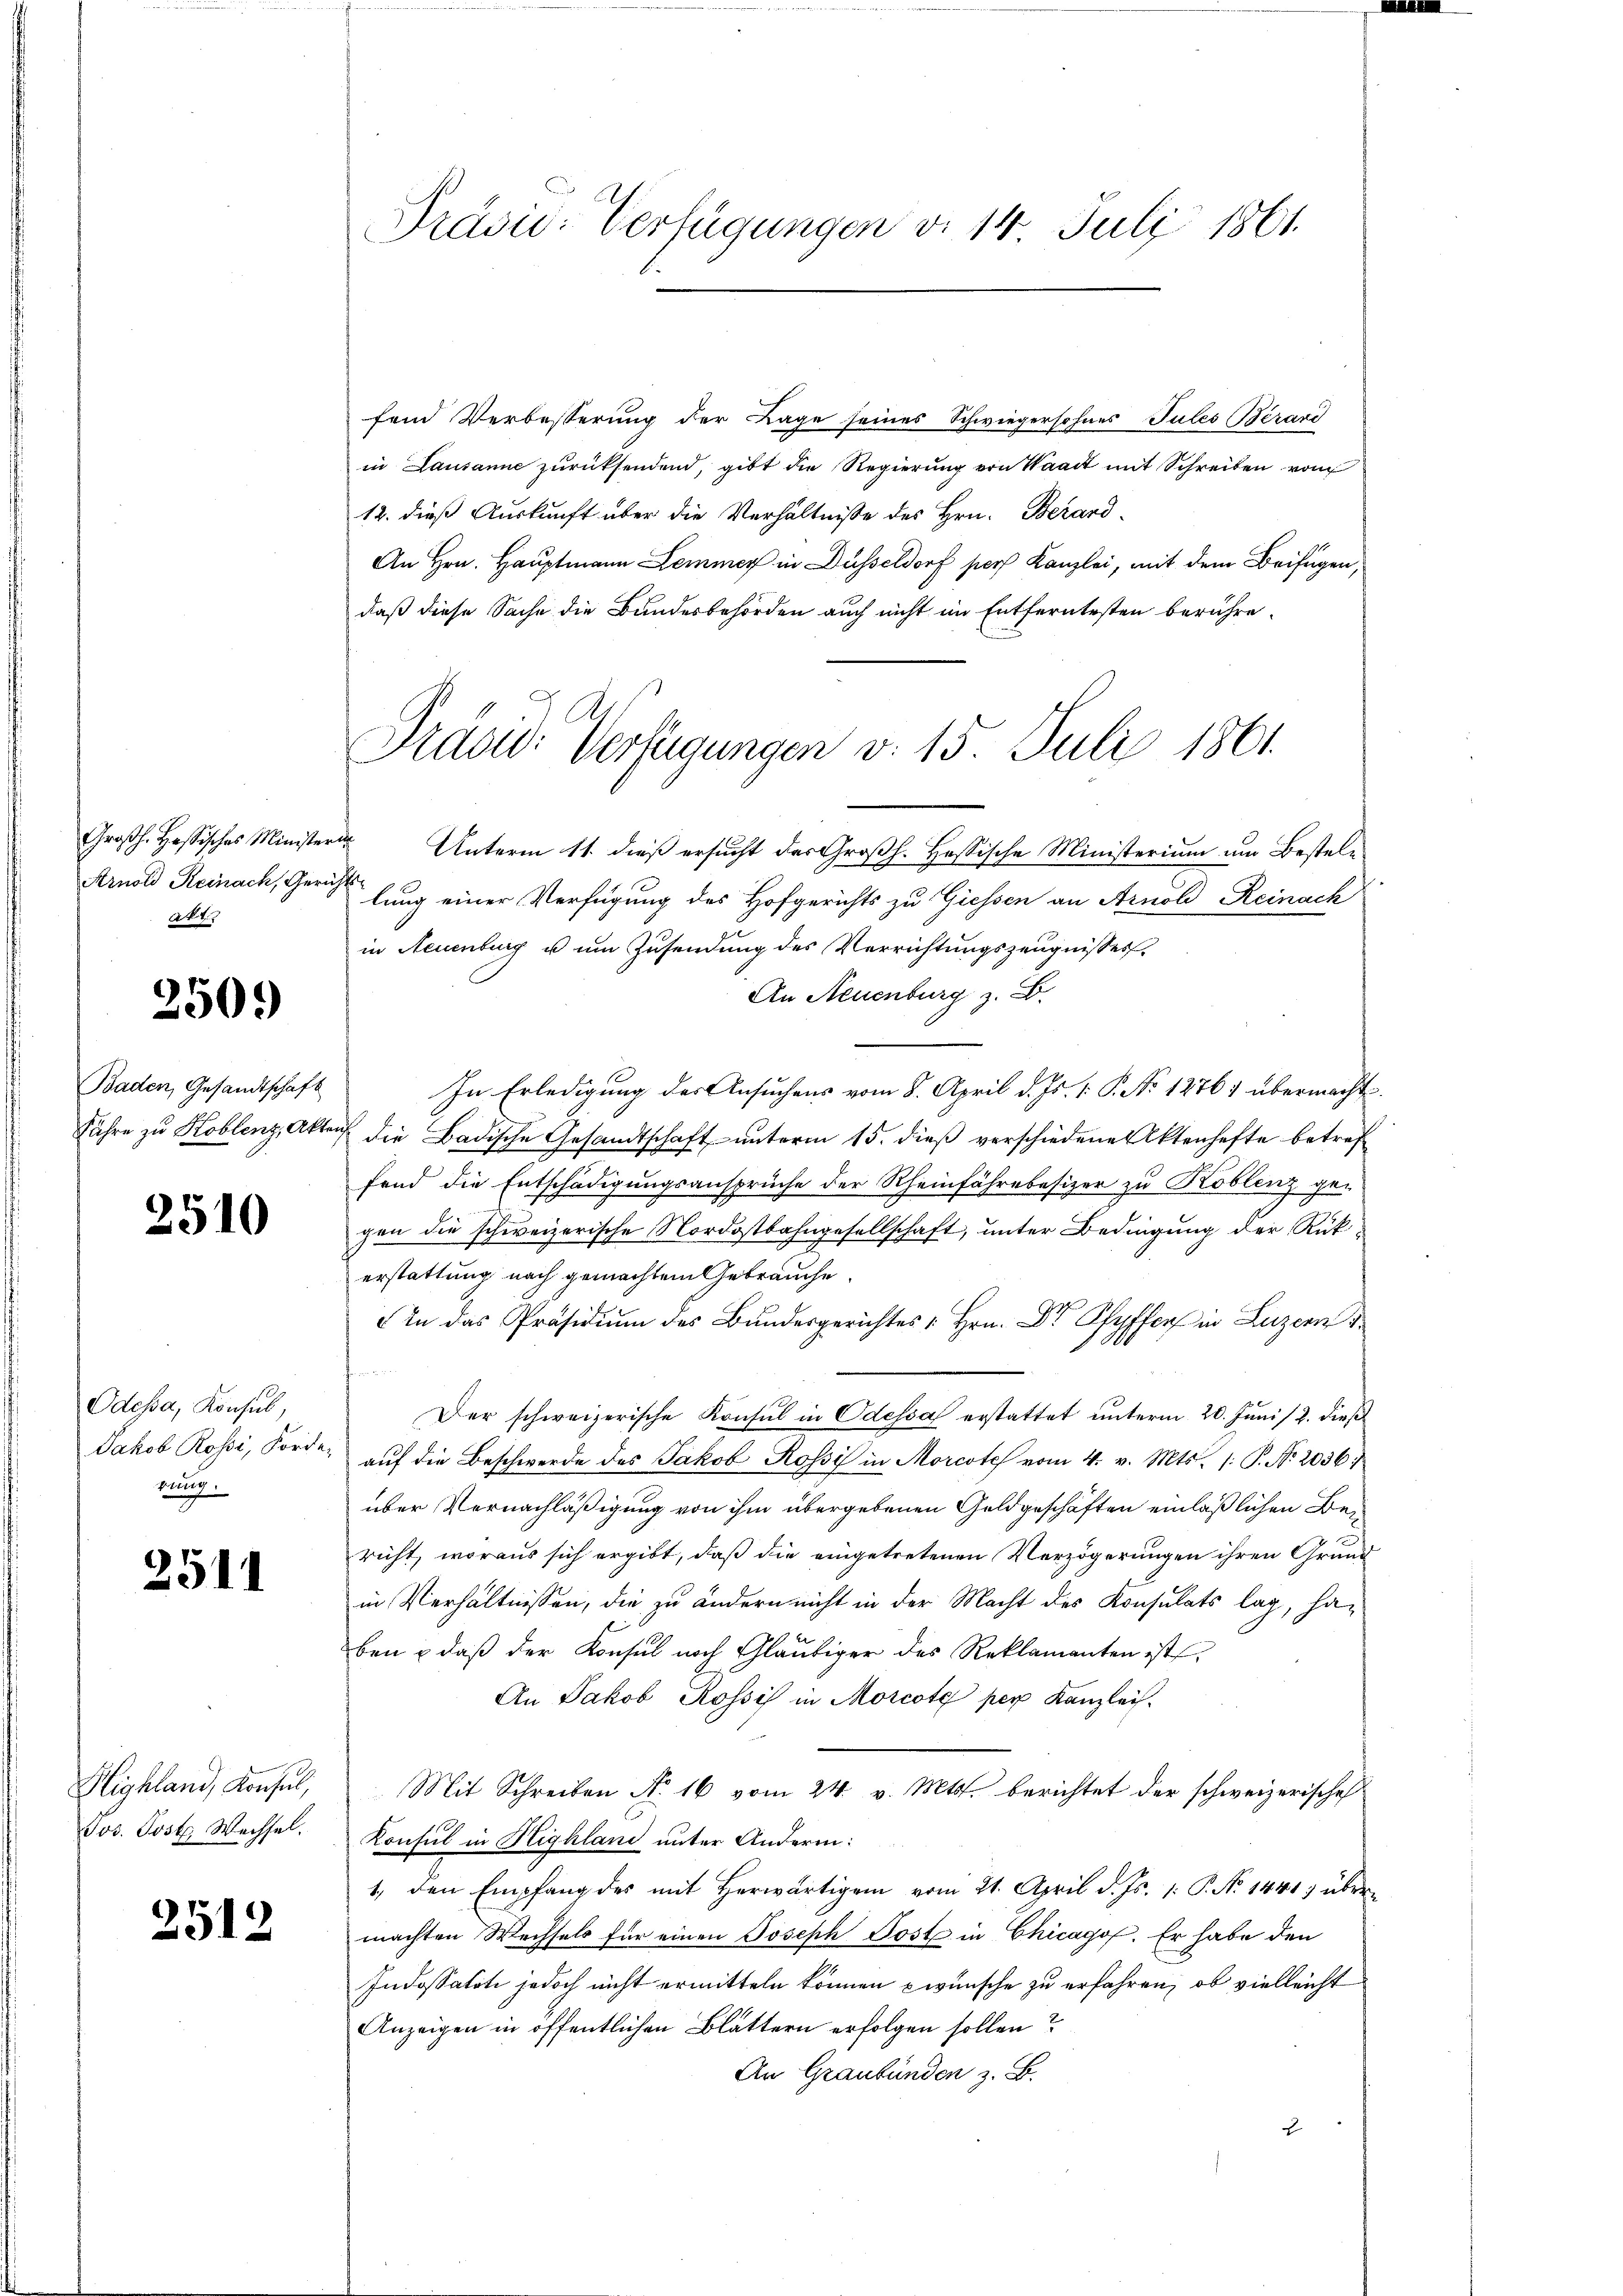
Arnold Reinach, Geri
Akt

250.

Baden, Gesandtschaft
Jahre zu Koblenz, Akt.

2510

Odessa, Konsul,
Jakob Rossi, Forde
rung.

2511

Highland, Konsul,
Jos. Post. Wechsel.

2512

Präsid: Verfügungen d. 14. Juli 1861.

Präsid. Verfügungen v. 15. Juli 1861

fend Verbesserung der Lage seines Schwiegersohnes Tulés Bérand
in Lausanne zurücksendend, gibt die Regierung von Waadt mit Schreiben vom
12. dieß Auskunft über die Verhältnisse des Hrn. Berard-
An Hrn. Hauptmann Lemmer in Düsseldorf pers Kanzlei, mit dem Beifügen,
daß diese Sache die Bundesbehörden auch nicht im Entferntesten berühre.
Großh. Hessisches Minister Unterm 11. dieß ersucht der Großh. Hessische Ministerium um Besteli
lung einer Verfügung des Hofgerichts zu Giessen an Arnold Reinach
in Neuenburg u um Zusendung des Verrichtungszeugnisses.
An Neuenburg z. B.
In Erledigung der Ansuchens vom 8. April d. Js. 1. P. No 12767 übermacht
Taf die Badische Gesandtschaft unterm 15. dieβ verschiedene Aktenhafte betref
fend die Entschädigungsansprüche der Rheinfährebesizer zu Koblenz gegen die schweizerische Nordostbahngesellschaft, unter Bedingung der Rükerstattung nach gemachtem Gebrauche.
An das Präsidiŭm des Bundesgerichtes Hrn. Dr Ryf in Luze
Der schweizerische Konsul in Odessa erstattet unterm 20. Juni /2. dieß
aŭf die Beschwerde des Jakob Rossi in Morcote vom 4. v. Mts. /: P. Nr. 2036/
über Vernachläßigung von ihm übergebenen Geldgeschäften einläßlichen Bericht, woraus sich ergibt, daß die eingetretenen Verzögerungen ihren Grund
in Verhältnissen, die zu ändern nicht in der Macht des Konsulats lag, haben, daß der Konsul noch Gläubiger des Reklamanten ist,
An Jakob Rossis in Morcote per Kanzlei.
Mit Schreiben No. 16 vom 24. v. Mts. berichtet der schweizerische
Konsul in Highland unter Andern:
1., den Empfang des mit herwärtigen vom 21. April d. Js. 1. P. No 1441) übermachten Wechsels für einen Joseph Post in Chicagof. Er habe den
Indossatiti jedoch nicht ermitteln können wünsche zu erfahren, ob vielleicht
Anzeigen in öffentlichen Blättern erfolgen sollen?
An Graubünden z. B.
2